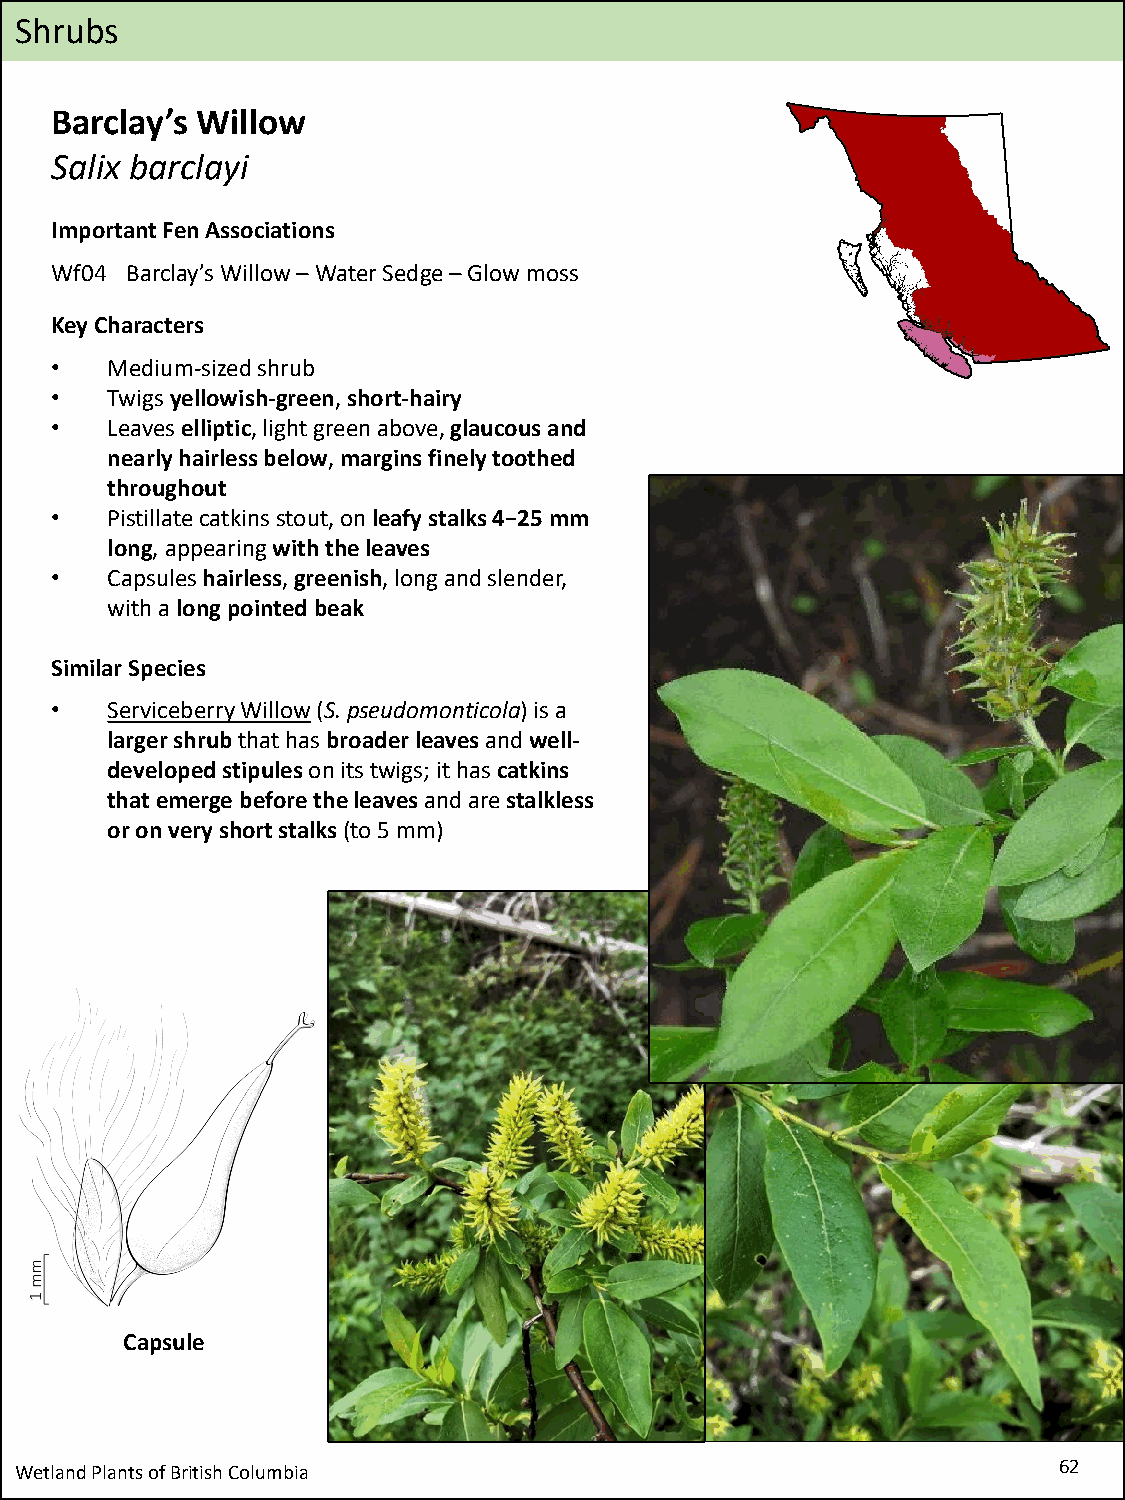
Shrubs
 Barclay’s Willow
 Salix barclayi
 Important Fen Associations
 Wf04 Barclay’s Willow –Water Sedge –Glow moss
 Key Characters
 •   Medium-sized shrub
 •   Twigs yellowish-green, short-hairy
 •   Leaves elliptic, light green above, glaucous and
 nearly hairless below, margins finely toothed
 throughout
 •   Pistillatecatkins stout, on leafy stalks 4−25 mm
 long, appearing with the leaves
 •   Capsules hairless, greenish, long and slender,
 with a long pointed beak
 Similar Species
 •   Serviceberry Willow(S. pseudomonticola) is a
 larger shrub that has broader leavesand well-
 developed stipules on its twigs; it has catkins
 that emerge before the leavesand are stalkless
 or on very short stalks(to 5 mm)
 Capsule
 Wetland Plants of British Columbia                                   62